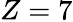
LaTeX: Z=7